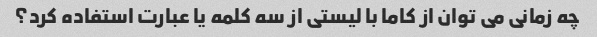
چه زمانی می توان از کاما با لیستی از سه کلمه یا عبارت استفاده کرد؟